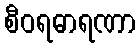
စီဝရဓာရဏာ